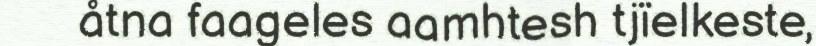
åtna faageles aamhtesh tjïelkeste,